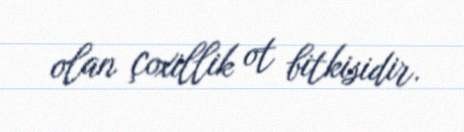
olan çoxillik ot bitkisidir.